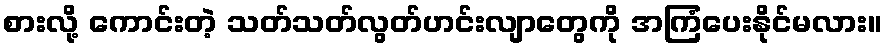
စားလို့ ကောင်းတဲ့ သတ်သတ်လွတ်ဟင်းလျာတွေကို အကြံပေးနိုင်မလား။